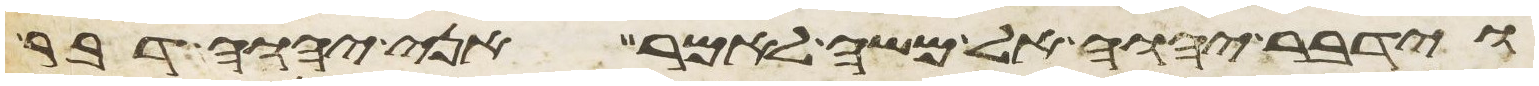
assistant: וידבר יהוה אל משה לאמר אני יהוה דבר